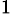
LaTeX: ^{1\, }